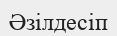
Әзілдесіп